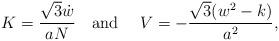
LaTeX: \begin{align*} K=\frac{\sqrt 3 \dot{w}}{aN}\quad \mbox{and }\quad V=-\frac{\sqrt 3 (w^2-k)}{a^2},\end{align*}